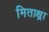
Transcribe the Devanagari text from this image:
मिताक्ष्रा